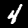
Label: 4